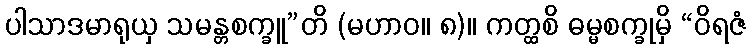
ပါသာဒမာရုယှ သမန္တစက္ခူ”တိ (မဟာဝ။ ၈)။ ကတ္ထစိ ဓမ္မစက္ခုမှိ “ဝိရဇံ